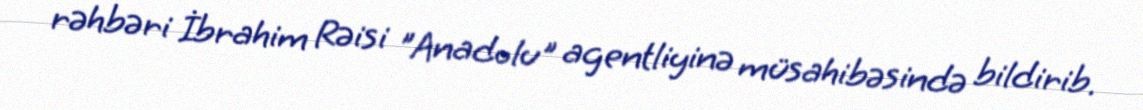
rəhbəri İbrahim Rəisi "Anadolu" agentliyinə müsahibəsində bildirib.